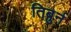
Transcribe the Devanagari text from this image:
तिबुर्न